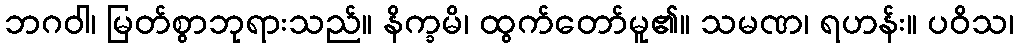
ဘဂဝါ၊ မြတ်စွာဘုရားသည်။ နိက္ခမိ၊ ထွက်တော်မူ၏။ သမဏ၊ ရဟန်း။ ပဝိသ၊